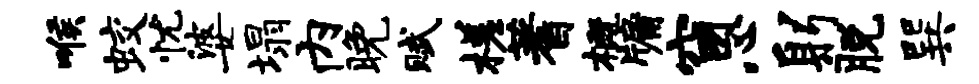
喉蛟忧婆塌内晚赋槎蓍概牖窗心躬脱巽